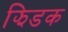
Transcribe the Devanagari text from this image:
झिडक